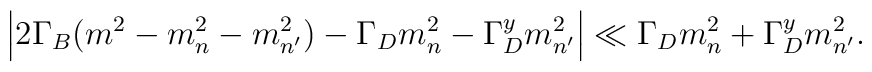
\left| 2\Gamma _B(m^2-m_n^2-m_{n^{\prime }}^2)-\Gamma _Dm_n^2-\Gamma_D^ym_{n^{\prime }}^2\right| \ll \Gamma _Dm_n^2+\Gamma _D^ym_{n^{\prime }}^2.